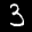
Label: 3